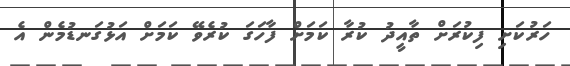
ހަރުކަށި ފިކުރަށް ތާއީދު ކުރާ ކަމަށް ފާހަގަ ކުރެވޭ ކަމަށް އަޅުގަނޑުމެން އެ